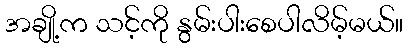
အချို့က သင့်ကို နွမ်းပါးစေပါလိမ့်မယ်။